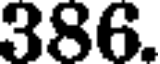
386.